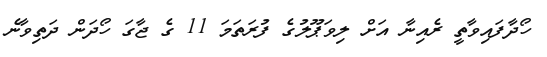
ހޯދާފައިވާތީ ރެއިނާ އަށް ލިވަޕޫލުގެ ފުރަތަމަ 11 ގެ ޖާގަ ހޯދަން ދަތިވާނެ